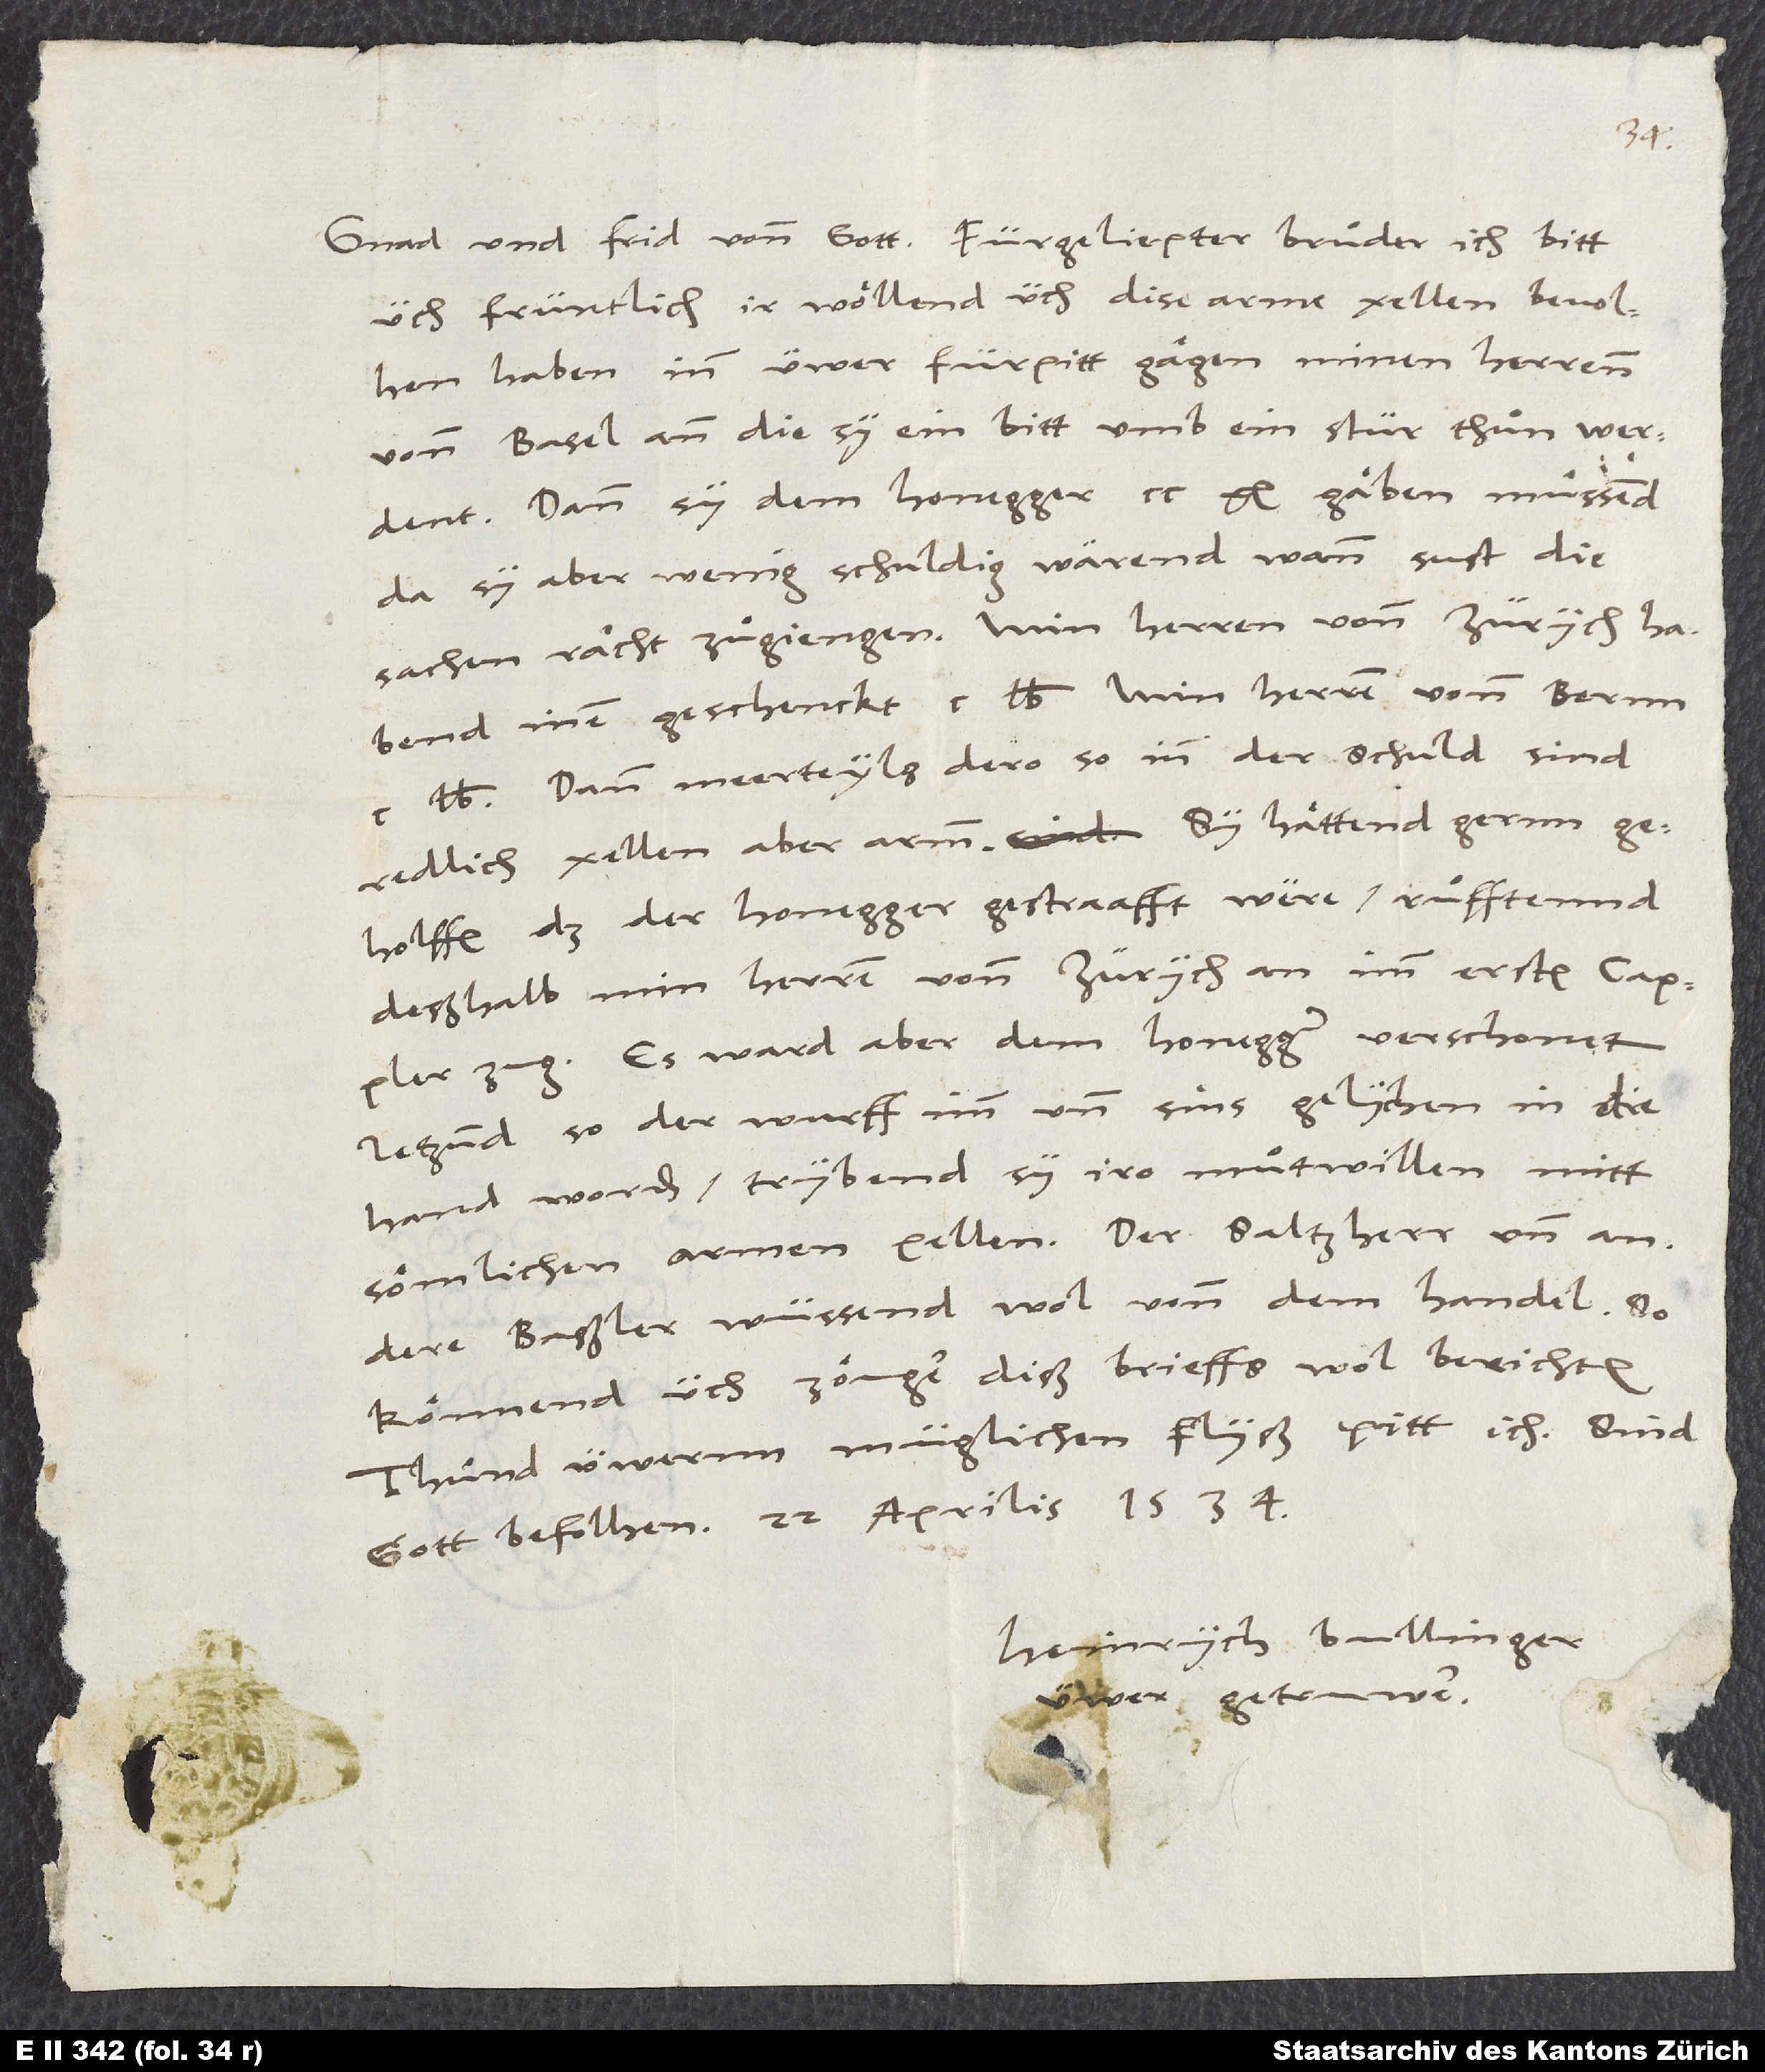
üch früntlich, ir wöllend üch dise arme xellen bevolhen
haben inn üwer fürpitt gägen minen herrenn
vonn Basel, ann die sy ein bitt umb ein stür thuͦn werdent.
da sy aber wenig schuldig wärend, wann sust die
sachen rächt zuͦgiengen. Min herren vonn Zürych habend
inen geschenckt 100 lb min herren vonn Bernn
lb. Dann, meerteyls dero, so inn der schuld, sind
redlich xellen, aber armm. Sy hättend gernn
geholfen, daß der Honegger gestraafft were, ruͦfftennd
deßhalb min herren vonn Zürych an imm ersten Cappler
zug. Es ward aber dem Honegger verschonet.
Jetzund, so der wurff imm und sins gelychen in die
hand worden, trybend sy iro muͦtwillen mitt
sömlichen armen xellen. Der saltzherr und andere
Baßler wüssend wol vonn dem handel. So
könnend üch zöuger diß brieffs wol berichten.
Thund üwernn müglichen flyß, pitt ich. Sind
Heinrych Bullinger,
üwer getruwer.